Document type: Sale
Year: 1235
Scribe: Pere de Bages
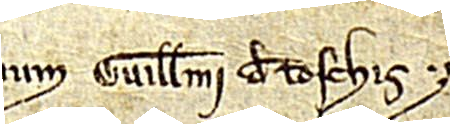
num Guillelmi de Toschis.